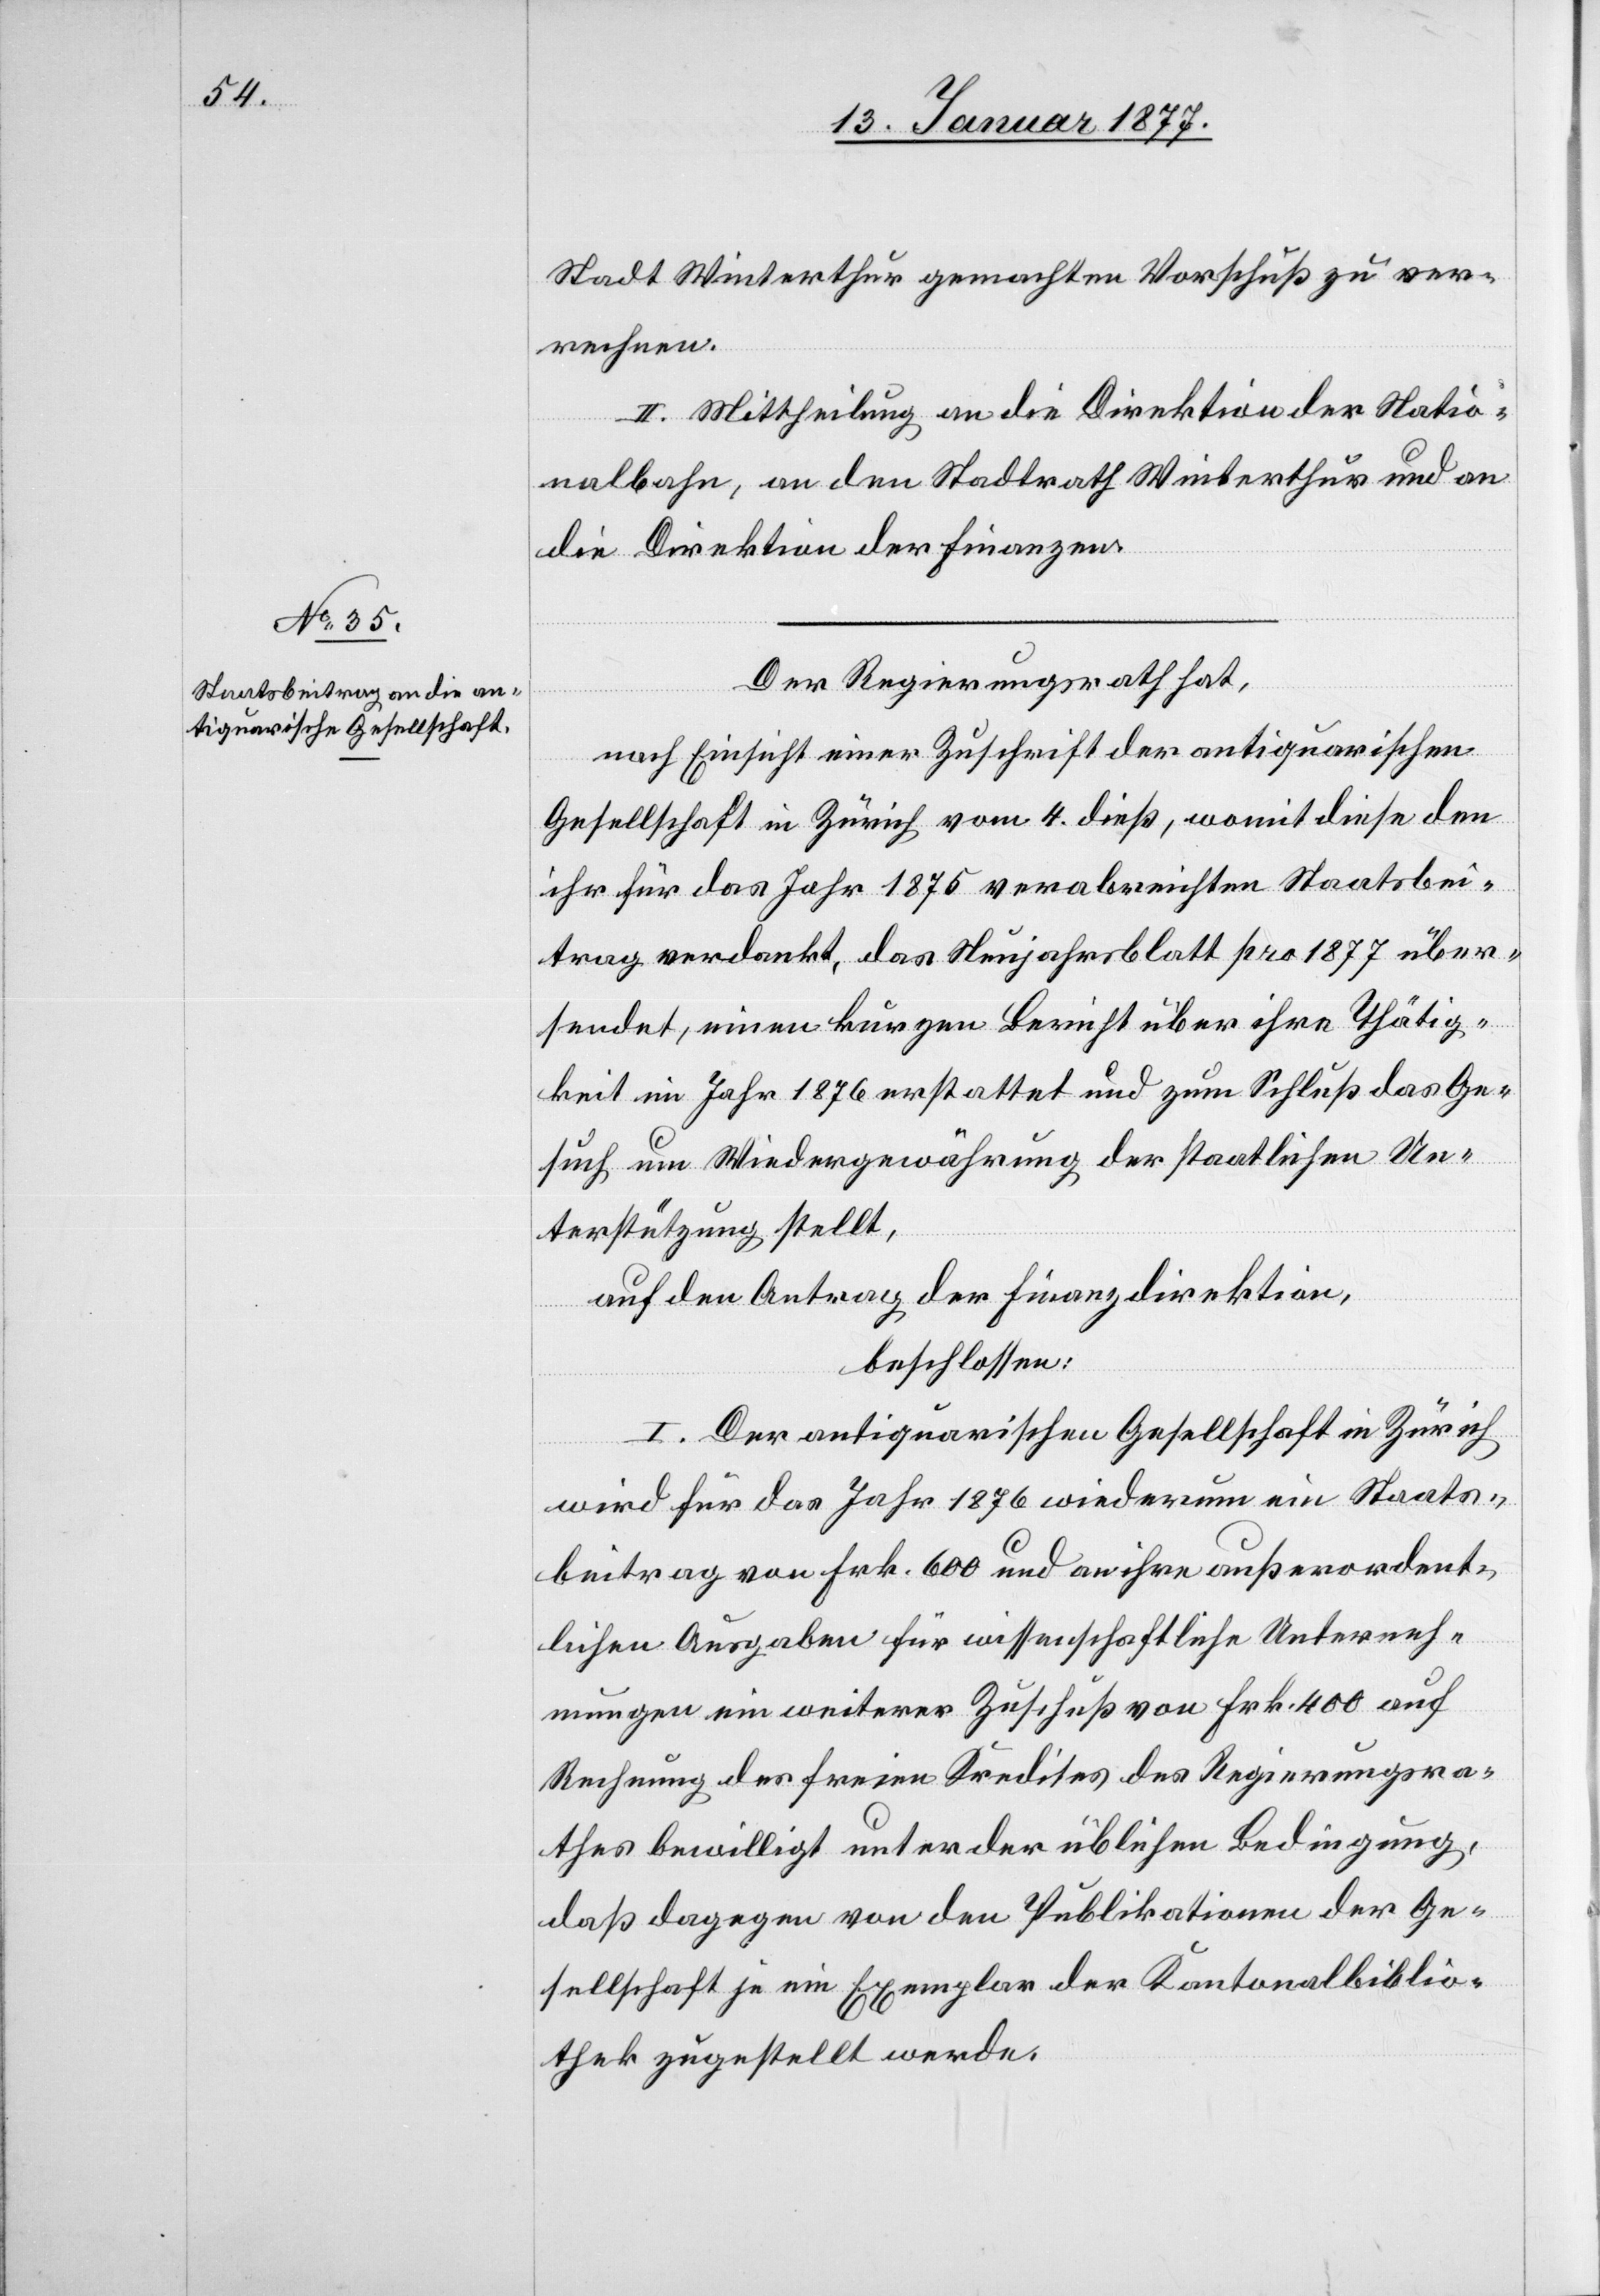
Stadt Winterthur gemachten Vorschuß zu ver¬
rechnen.
II. Mittheilung an die Direktion der Natio¬
nalbahn, an den Stadtrath Winterthur und an
die Direktion der Finanzen.
Der Regierungsrath hat.
nach Einsicht einer Zuschrift der antiquarischen
Gesellschaft in Zürich vom 4. dieß, womit diese den
ihr für das Jahr 1875 verabreichten Staatsbei¬
trag verdankt, das Neujahrsblatt pro 1877 über¬
sendet, einen kurzen Bericht über ihre Thätig¬
keit im Jahr 1876 erstattet und zum Schluß das Ge¬
such um Wiedergewährung der staatlichen Un¬
terstützung stellt,
auf den Antrag der Finanzdirektion,
beschlossen:
I. Der antiquarischen Gesellschaft in Zürich
wird für das Jahr 1876 wiederum ein Staats¬
beitrag von Frk. 600 und an ihre außerordent¬
lichen Ausgaben für wissenschaftliche Untersuch¬
ungen ein weiterer Zuschuß von Frk. 400 auf
Rechnung des freien Kredites des Regierungsra¬
thes bewilligt unter der üblichen Bedingung,
daß dagegen von den Publikationen der Ge¬
sellschaft je ein Exemplar der Kantonalbiblio¬
thek zugestellt werde.